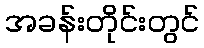
အခန်းတိုင်းတွင်